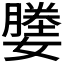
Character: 𫲀